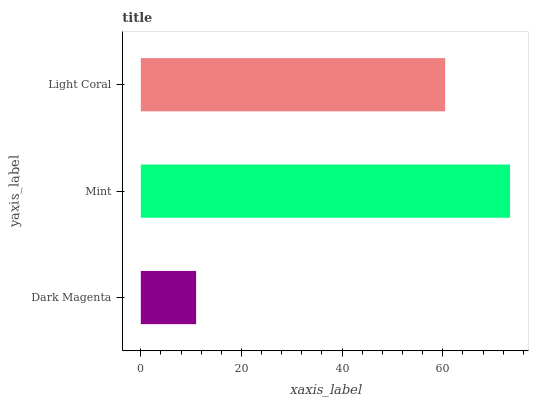
| yaxis_label | bars |
 | --- | --- |
 | Dark Magenta | 11 |
 | Mint | 73.4 |
 | Light Coral | 60.5 |